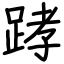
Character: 踍